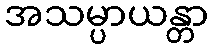
အသမ္ပာယန္တာ